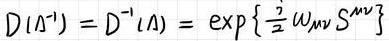
$D(\Lambda^{-1}) = D^{-1}(\Lambda) = \exp\left\{\frac{i}{2}\omega_{\mu\nu}S^{\mu\nu}\right\}$